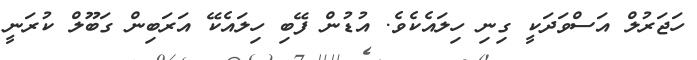
ހަޖަރުލް އަސްވަދަކީ ގިނި ހިލައެކެވެ. އުޑުން ފޭބި ހިލައެކޭ އަރަބިން ގަބޫލް ކުރަނީ